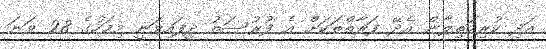
އަދި ކުރިމަތިލާން އެދޭ ފަރާތްތަކަށް އެ ފުރުސަތު ދީފައިވަނީ މިމަހުގެ 28 ވަަނަ